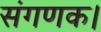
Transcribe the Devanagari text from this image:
संगणक।